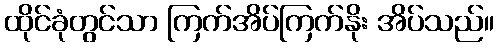
ထိုင်ခုံတွင်သာ ကြက်အိပ်ကြက်နိုး အိပ်သည်။